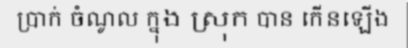
ប្រាក់ ចំណូល ក្នុង ស្រុក បាន កើនឡើង